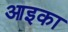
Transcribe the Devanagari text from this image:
आइका